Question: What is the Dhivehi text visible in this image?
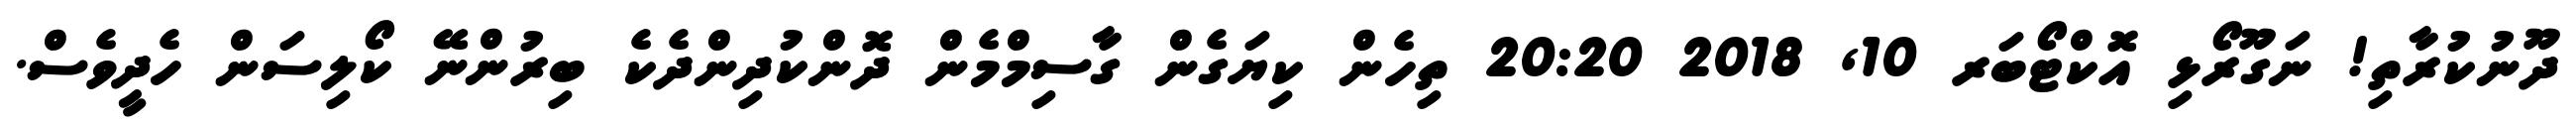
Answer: ދޫނުކުރާތި! ނަގޫރޯޅި އޮކްޓޯބަރ 10, 2018 20:20 ތިހެން ކިޔަގެން ގާސިމްމެން ދޮންކުދިންދެކެ ބިރުންނޭ ކޯލިސަން ހެދީވެސް.